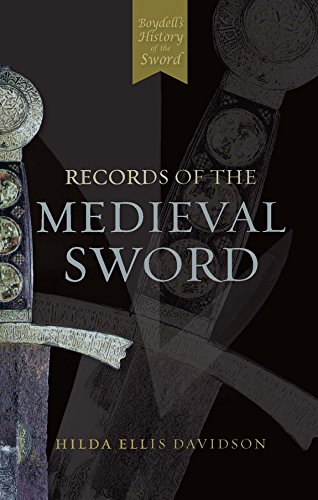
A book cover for Records of the Medieval Sword; Ewart Oakeshott; Science & Math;